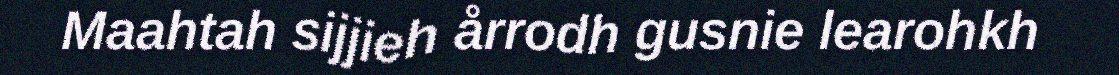
Maahtah sijjieh årrodh gusnie learohkh